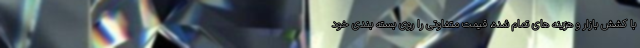
با کشش بازار و هزینه های تمام شده، قیمت متفاوتی را روی بسته بندی خود